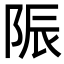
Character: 陙